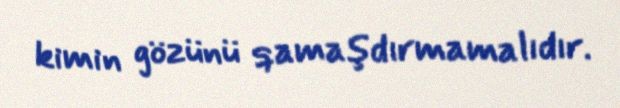
kimin gözünü qamaşdırmamalıdır.